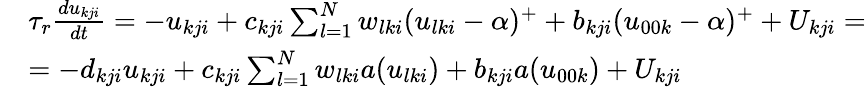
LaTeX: \begin{array}{rl}&{\tau_{r}\frac{du_{kji}}{dt}=-u_{kji}+c_{kji}\sum_{l=1}^{N}w_{lki}(u_{lki}-\alpha)^{+}+b_{kji}(u_{00k}-\alpha)^{+}+U_{kji}=}\\ &{=-d_{kji}u_{kji}+c_{kji}\sum_{l=1}^{N}w_{lki}a(u_{lki})+b_{kji}a(u_{00k})+U_{kji}}\end{array}